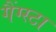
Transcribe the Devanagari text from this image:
गैंग्स्टा